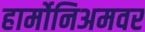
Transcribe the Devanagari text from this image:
हार्मोनिअमवर